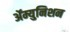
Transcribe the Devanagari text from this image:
ॲम्युनिशन